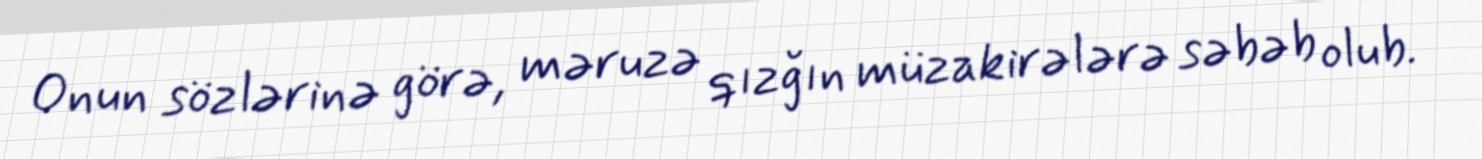
Onun sözlərinə görə, məruzə qızğın müzakirələrə səbəb olub.